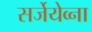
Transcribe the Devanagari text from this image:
सर्जेयेव्ना